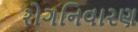
રોગનિવારણ